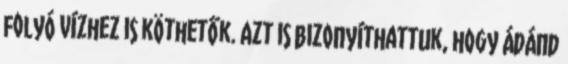
folyó vízhez is köthetők. Azt is bizonyíthattuk, hogy Ádánd